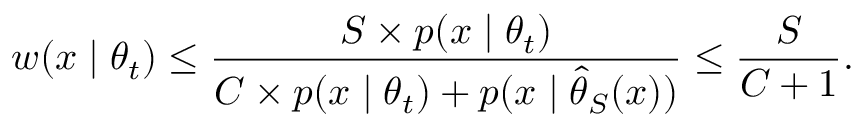
w ( x \mid \theta _ { t } ) \le \frac { S \times p ( x \mid \theta _ { t } ) } { C \times p ( x \mid \theta _ { t } ) + p ( x \mid \hat { \theta } _ { S } ( x ) ) } \le \frac { S } { C + 1 } .